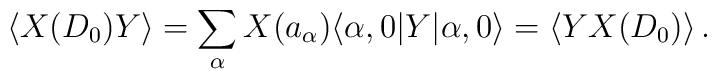
\langle X(D_0)Y\rangle = \sum_\alpha X(a_\alpha)\langle\alpha,0|Y|\alpha,0\rangle= \langle YX(D_0)\rangle\,.